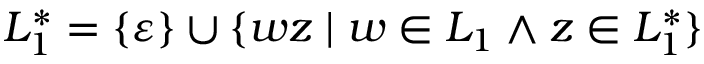
L _ { 1 } ^ { * } = \{ \varepsilon \} \cup \{ w z \mid w \in L _ { 1 } \land z \in L _ { 1 } ^ { * } \}